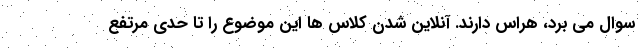
سوال می برد، هراس دارند. آنلاین شدن کلاس ها این موضوع را تا حدی مرتفع